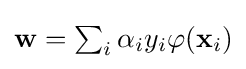
{\textstyle \mathbf {w} =\sum _{i}\alpha _{i}y_{i}\varphi (\mathbf {x} _{i})}